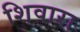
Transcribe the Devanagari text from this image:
शिवारा